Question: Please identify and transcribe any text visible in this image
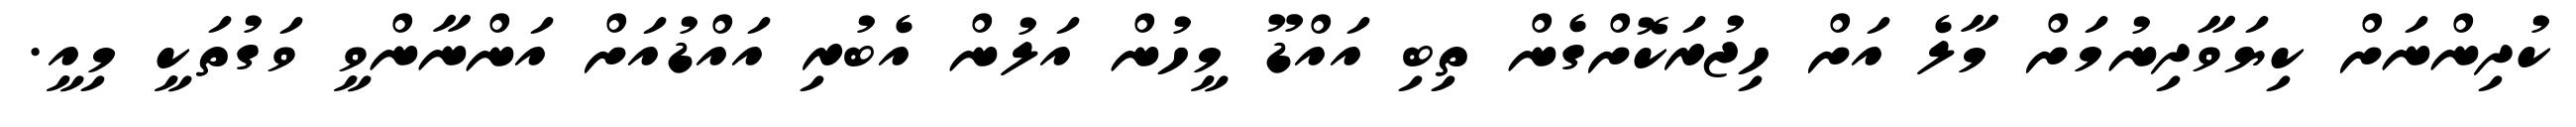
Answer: ކުދިންނަށް ކިޔަވާދިނުމަށް މާލެ އަށް ހިޖުރަކޮށްގެން ތިބި އައްޑޫ މީހުން އަލުން އެބުރި އައްޑުއަށް އަންނާންވީ ވަގުތަކީ މިއީ.